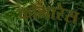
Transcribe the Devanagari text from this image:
कोमारेस